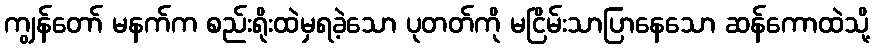
ကျွန်တော် မနက်က စည်းရိုးထဲမှရခဲ့သော ပုတတ်ကို မငြိမ်းသာပြာနေသော ဆန်ကောထဲသို့